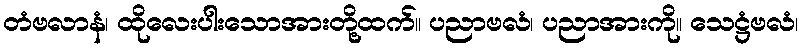
တံဗလာနံ၊ ထိုလေးပါးသောအားတို့ထက်။ ပညာဗလံ၊ ပညာအားကို။ သေဋ္ဌံဗလံ၊